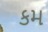
કમ